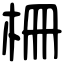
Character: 柵